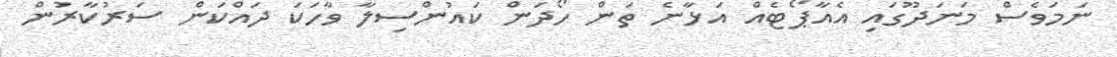
ނަމަވެސް މަނަދޫގައި އެއާޕޯޓެއް އަޅާނެ ތަން ހޯދަން ކައުންސިލާ ވާހަކަ ދައްކަން ސަރުކާރުން